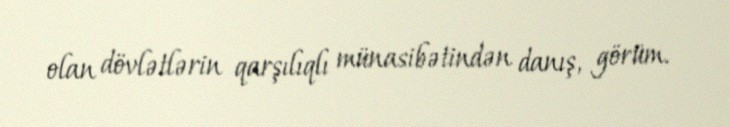
olan dövlətlərin qarşılıqlı münasibətindən danış, görüm.